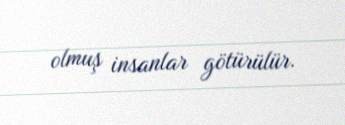
olmuş insanlar götürülür.